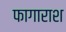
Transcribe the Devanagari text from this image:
फागाराश